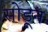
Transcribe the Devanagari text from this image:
सोडूून